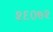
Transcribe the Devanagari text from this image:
२६०७२